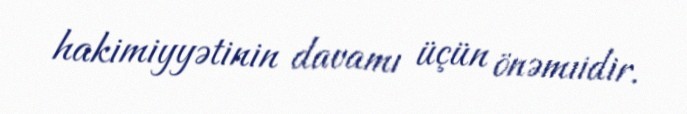
hakimiyyətinin davamı üçün önəmıidir.